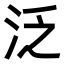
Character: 泛